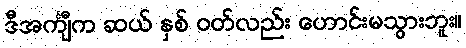
ဒီအင်္ကျီက ဆယ် နှစ် ဝတ်လည်း ဟောင်းမသွားဘူး။